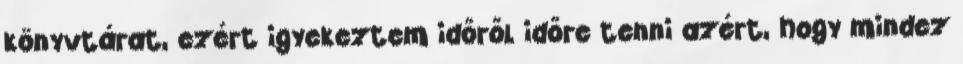
könyvtárat, ezért igyekeztem időről időre tenni azért, hogy mindez